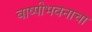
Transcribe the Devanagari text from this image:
बाष्पीभवनाचा